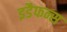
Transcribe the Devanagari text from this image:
इडैफन्स